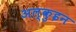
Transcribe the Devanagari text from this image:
अल्कुइन